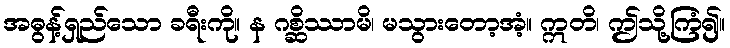
အဓွန့်ရှည်သော ခရီးကို။ န ဂစ္ဆိဿာမိ၊ မသွားတော့အံ့။ ဣတိ၊ ဤသို့ကြံ၍။